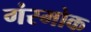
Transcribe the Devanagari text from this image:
गंस्मोक